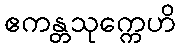
ဧကန္တသုက္ကေဟိ